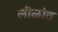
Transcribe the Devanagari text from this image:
लीळांत